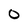
Character: O